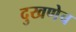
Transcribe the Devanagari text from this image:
दुखणेच